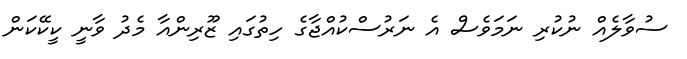
ސުވާލެއް ނުކުރި ނަމަވެސް އެ ނަރުސްކުއްޖާގެ ހިތުގައި ޒޫރިންއާ މެދު ވާނީ ކީކޭކަން